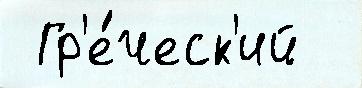
 Гр'е́ческ'ий